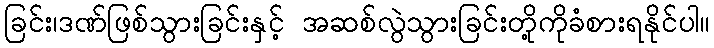
ခြင်း၊ဒဏ်ဖြစ်သွားခြင်းနှင့် အဆစ်လွဲသွားခြင်းတို့ကိုခံစားရနိုင်ပါ။